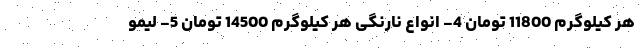
هر کیلوگرم 11800 تومان 4- انواع نارنگی هر کیلوگرم 14500 تومان 5- لیمو